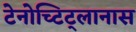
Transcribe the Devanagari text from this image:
टेनोच्टिट्लानास